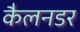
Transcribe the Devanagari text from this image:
कैलनडर